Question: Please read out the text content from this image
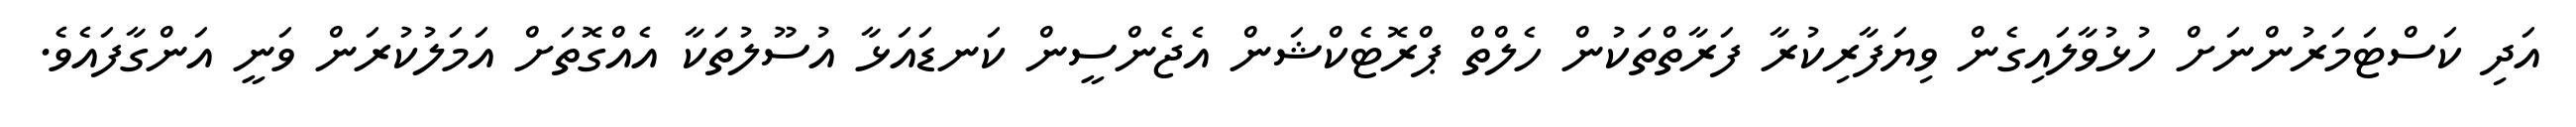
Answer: އަދި ކަސްޓަމަރުންނަށް ހުޅުވާލައިގެން ވިޔަފާރިކުރާ ފަރާތްތަކުން ހެލްތް ޕްރޮޓެކްޝަން އެޖެންސީން ކަނޑައަޅާ އުސޫލުތަކާ އެއްގޮތަށް އަމަލުކުރަން ވަނީ އަންގާފައެވެ.